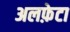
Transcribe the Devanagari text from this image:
अलफ़ेटा